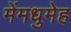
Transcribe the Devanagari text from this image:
मेंमधुमेह